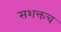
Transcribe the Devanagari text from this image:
सशक्तच